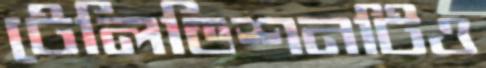
টেলিভিশনটিও